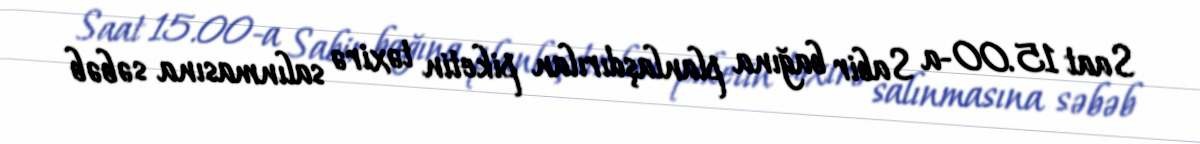
Saat 15.00-a Sabir bağına planlaşdırılan piketin təxirə salınmasına səbəb